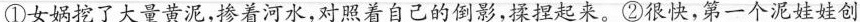
①女娲挖了大量黄泥，掺着河水，对照着自己的倒影，揉捏起来。②很快，第一个泥娃娃创